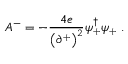
A ^ { - } = - { \frac { 4 e } { \bigl ( \partial ^ { + } \bigr ) ^ { 2 } } } \psi _ { + } ^ { \dagger } \psi _ { + } \ .